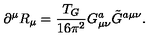
\partial ^ { \mu } R _ { \mu } = \frac { T _ { G } } { 1 6 \pi ^ { 2 } } G _ { \mu \nu } ^ { a } \tilde { G } ^ { a \mu \nu } .